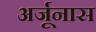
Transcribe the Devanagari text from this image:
अर्जूनास